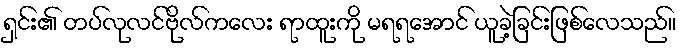
ရှင်း၏ တပ်လုလင်ဗိုလ်ကလေး ရာထူးကို မရရအောင် ယူခဲ့ခြင်းဖြစ်လေသည်။